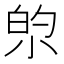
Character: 𫴿